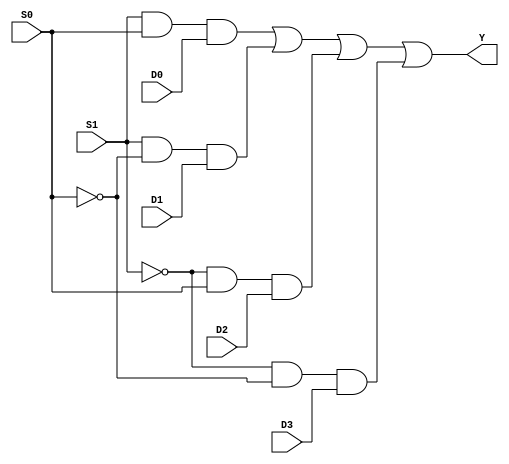
module multiplexer_4to1 (
    input D0,
    input D1,
    input D2,
    input D3,
    input S0,
    input S1,
    output Y
);

assign Y = (S1 & S0 & D0) | (S1 & ~S0 & D1) | (~S1 & S0 & D2) | (~S1 & ~S0 & D3);

endmodule